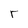
Character: r